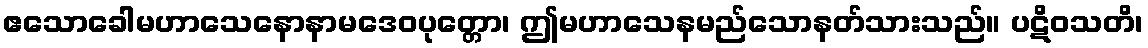
ဧသောခေါမဟာသေနောနာမဒေဝပုတ္တော၊ ဤမဟာသေနမည်သောနတ်သားသည်။ ပဋိဝသတိ၊